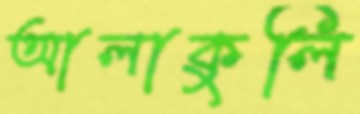
আলাকুলি